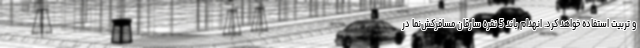
و تربیت استفاده خواهد کرد. انهدام باند 5 نفره سارقان مسافرکش‌نما در